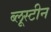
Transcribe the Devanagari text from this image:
ब्लूस्टीन